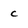
Character: c